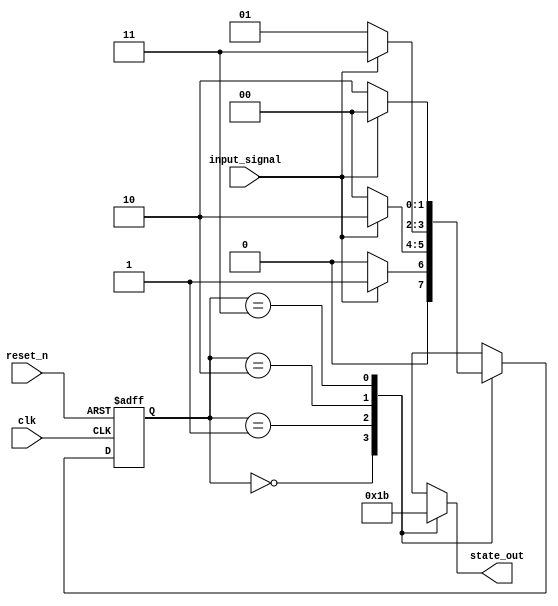
module moore_fsm (
    input wire clk,            // Clock signal
    input wire reset_n,       // Asynchronous active-low reset signal
    input wire input_signal,   // Input signal for state transitions
    output reg [1:0] state_out // Output based on the current state
);

// State encoding
localparam STATE_A = 2'b00; // State A
localparam STATE_B = 2'b01; // State B
localparam STATE_C = 2'b10; // State C
localparam STATE_D = 2'b11; // State D

// State variable
reg [1:0] current_state, next_state;

// Output logic (Moore machine outputs depend only on the current state)
always @(current_state) begin
    case (current_state)
        STATE_A: state_out = 2'b00; // Output for State A
        STATE_B: state_out = 2'b01; // Output for State B
        STATE_C: state_out = 2'b10; // Output for State C
        STATE_D: state_out = 2'b11; // Output for State D
        default: state_out = 2'b00;  // Default output
    endcase
end

// State transition logic
always @(*) begin
    case (current_state)
        STATE_A: begin
            if (input_signal) begin
                next_state = STATE_B; // Transition from A to B
            end else begin
                next_state = STATE_A; // Stay in A
            end
        end
        STATE_B: begin
            if (input_signal) begin
                next_state = STATE_C; // Transition from B to C
            end else begin
                next_state = STATE_A; // Transition from B to A
            end
        end
        STATE_C: begin
            if (input_signal) begin
                next_state = STATE_D; // Transition from C to D
            end else begin
                next_state = STATE_B; // Transition from C to B
            end
        end
        STATE_D: begin
            if (input_signal) begin
                next_state = STATE_A; // Transition from D to A
            end else begin
                next_state = STATE_C; // Transition from D to C
            end
        end
        default: next_state = STATE_A; // Default to State A
    endcase
end

// State register with asynchronous reset
always @(posedge clk or negedge reset_n) begin
    if (!reset_n) begin
        current_state <= STATE_A; // Reset to State A
    end else begin
        current_state <= next_state; // Update state on clock edge
    end
end

endmodule